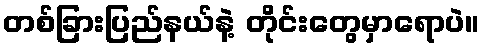
တစ်ခြားပြည်နယ်နဲ့ တိုင်းတွေမှာရောပဲ။